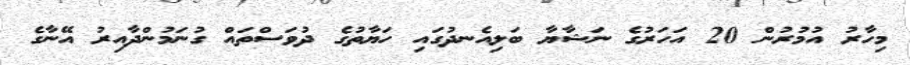
މިހާރު އުމުރުން 20 އަހަރުގެ ނަޝާޔާ ބަލިއެނދުގައި ހަޔާތުގެ ދުވަސްތައް ގުނަމުންދާއިރު އޭނާގެ